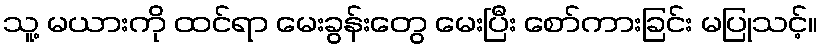
သူ့ မယားကို ထင်ရာ မေးခွန်းတွေ မေးပြီး စော်ကားခြင်း မပြုသင့်။